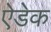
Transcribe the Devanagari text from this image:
ऐडेक